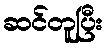
ဆင်တူပြီး